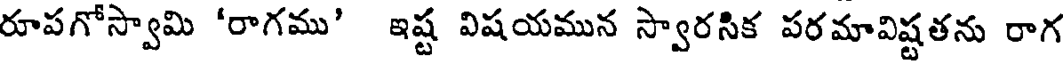
రూపగోస్వామి 'రాగము' ఇష్ట విషయమున స్వారసిక పరమావిష్టతను రాగ